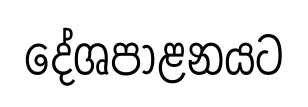
දේශපාළනයට